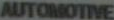
AUTOMOTIVE